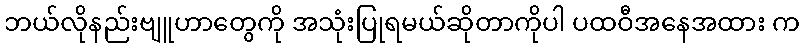
ဘယ်လိုနည်းဗျူဟာတွေကို အသုံးပြုရမယ်ဆိုတာကိုပါ ပထဝီအနေအထား က